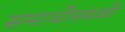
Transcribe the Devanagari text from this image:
समाधीस्थळी